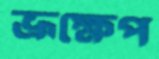
ভ্রূক্ষেপ